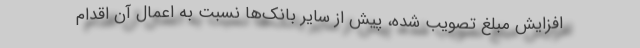
افزايش مبلغ تصويب شده، پيش از ساير بانك‌ها نسبت به اعمال آن اقدام